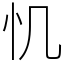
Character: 𢖯